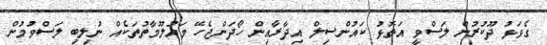
ގެވަޅު ދޫކުރުން ލަސްވީ އަތޮޅު ކައުންސިލް އިދާރާއިން ހޯދަންޖެހޭ މައުލޫމާތުތަކެއް ނުލިބި ލަސްވުމުން